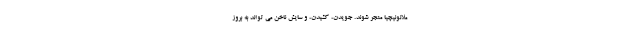
ملانونیچیا منجر شوند. جویدن، کشیدن، و سایش ناخن می تواند به بروز